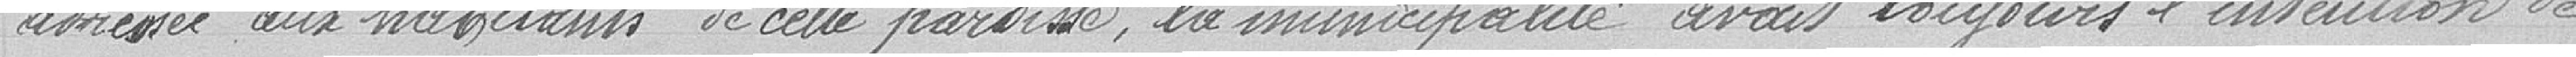
adressée aux habitants de cette paroisse, la municipalité avait toujours l'intention de